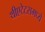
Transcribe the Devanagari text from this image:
थीएटेटसमध्ये